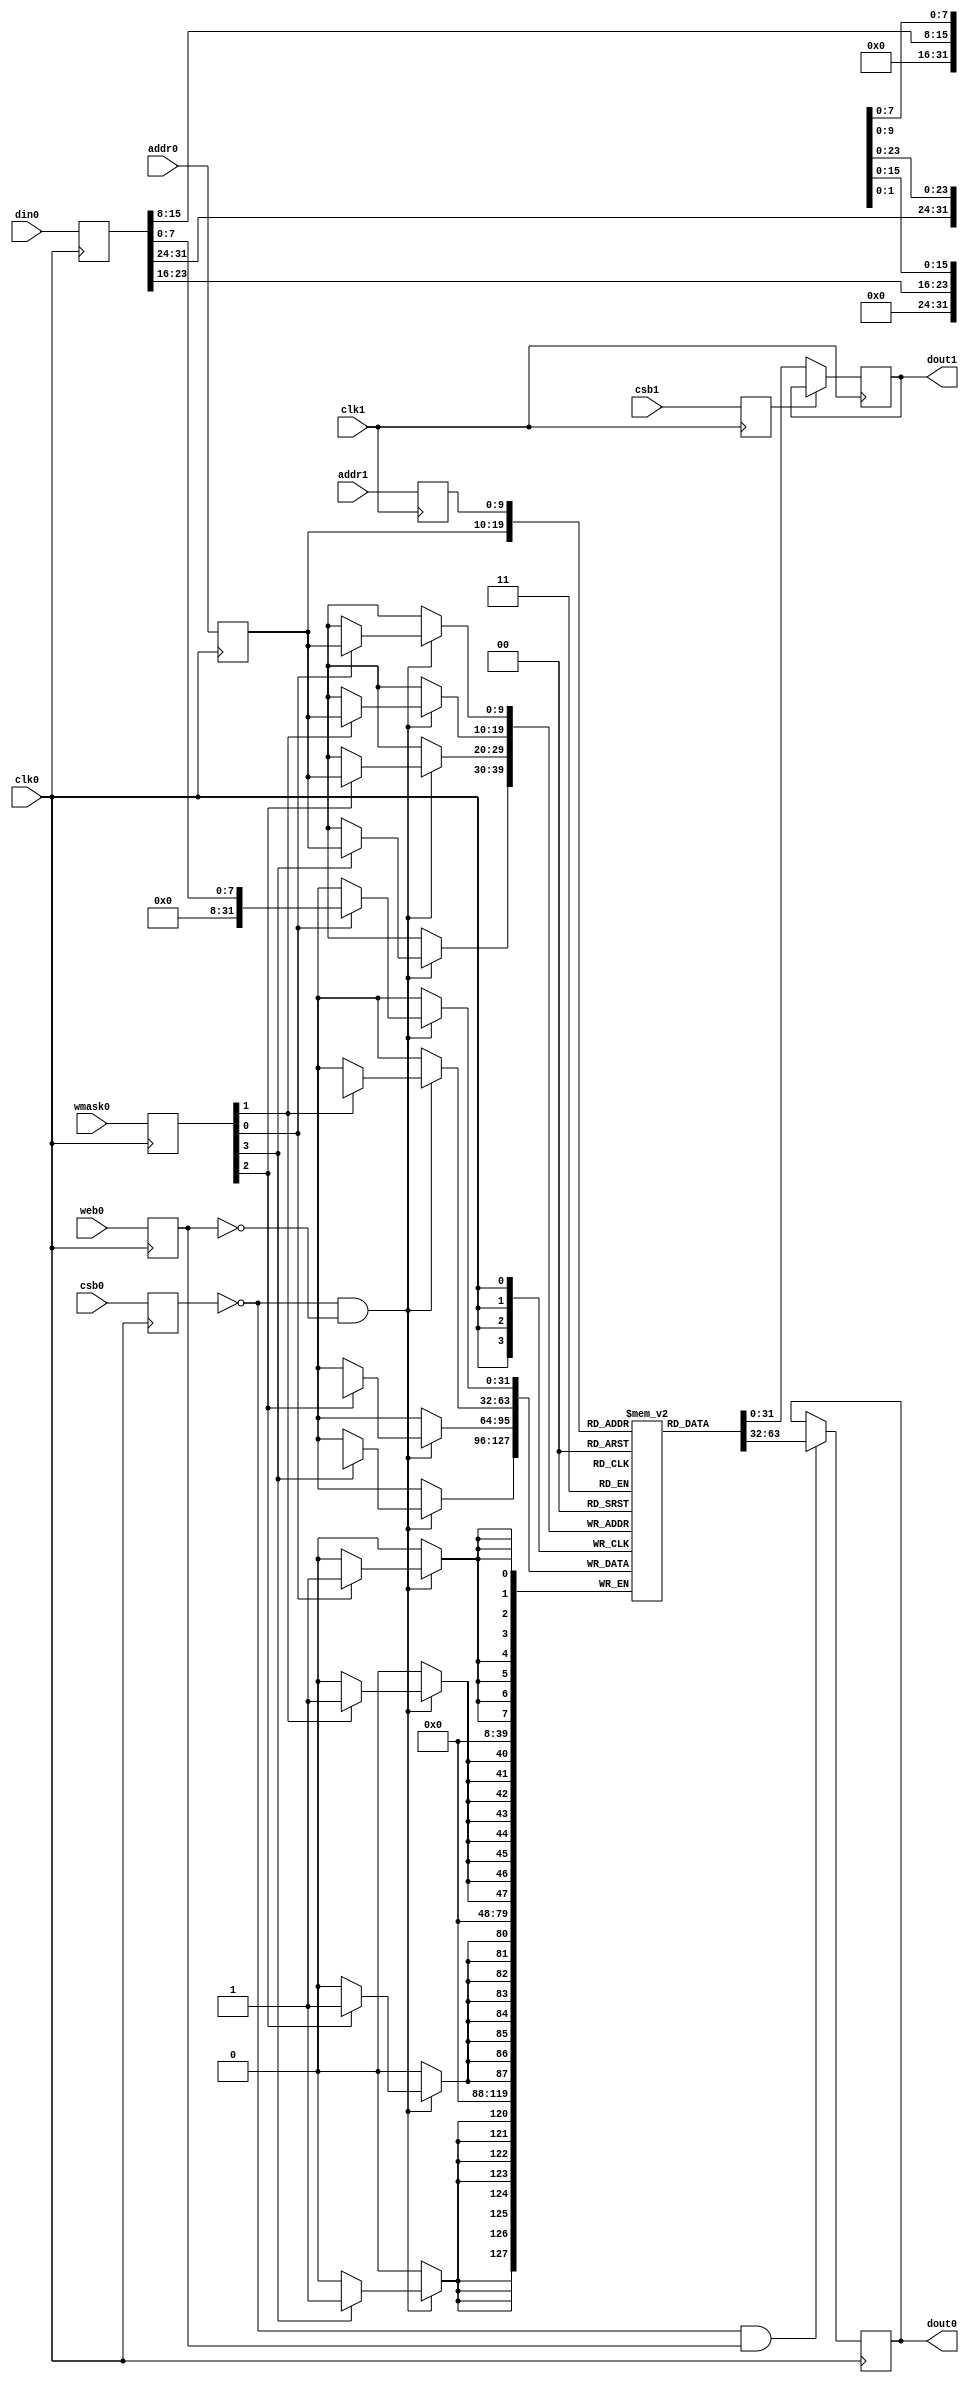
// OpenRAM SRAM model
// Words: 1024
// Word size: 32
// Write size: 8

module sram #(
  parameter NUM_WMASKS = 4 ,
  parameter DATA_WIDTH = 32 ,
  parameter ADDR_WIDTH = 10 ,
  parameter RAM_DEPTH = 1 << ADDR_WIDTH,
  // FIXME: This delay is arbitrary.
  parameter VERBOSE = 1 , //Set to 0 to only display warnings
  parameter T_HOLD = 1 ,//Delay to hold dout value after posedge. Value is arbitrary
  parameter IZERO   = 0 , // binary / Initial RAM with zeros (has priority over INITFILE)
  parameter IFILE   = "" 
)
(
// Port 0: RW
    clk0,csb0,web0,wmask0,addr0,din0,dout0,
// Port 1: R
    clk1,csb1,addr1,dout1
  );

  /*parameter NUM_WMASKS = 4 ;
  parameter DATA_WIDTH = 32 ;
  parameter ADDR_WIDTH = 10 ;
  parameter RAM_DEPTH = 1 << ADDR_WIDTH;
  // FIXME: This delay is arbitrary.
  parameter DELAY = 3 ;
  parameter VERBOSE = 1 ; //Set to 0 to only display warnings
  parameter T_HOLD = 1 ; //Delay to hold dout value after posedge. Value is arbitrary
  parameter IZERO   = 0 ; // binary / Initial RAM with zeros (has priority over INITFILE)
  parameter IFILE   = ""; 
*/
  input  clk0; // clock
  input   csb0; // active low chip select
  input  web0; // active low write control
  input [NUM_WMASKS-1:0]   wmask0; // write mask
  input [ADDR_WIDTH-1:0]  addr0;
  input [DATA_WIDTH-1:0]  din0;
  output [DATA_WIDTH-1:0] dout0;
  input  clk1; // clock
  input   csb1; // active low chip select
  input [ADDR_WIDTH-1:0]  addr1;
  output [DATA_WIDTH-1:0] dout1;

  reg  csb0_reg;
  reg  web0_reg;
  reg [NUM_WMASKS-1:0]   wmask0_reg;
  reg [ADDR_WIDTH-1:0]  addr0_reg;
  reg [DATA_WIDTH-1:0]  din0_reg;
  reg [DATA_WIDTH-1:0]  dout0;

  // All inputs are registers
  always @(posedge clk0)
  begin
    csb0_reg = csb0;
    web0_reg = web0;
    wmask0_reg = wmask0;
    addr0_reg = addr0;
    din0_reg = din0;
    //dout0 = 32'bx;
    //if ( !csb0_reg && web0_reg && VERBOSE ) 
      //$display($time," Reading %m addr0=%b dout0=%b",addr0_reg,mem[addr0_reg]);
    //if ( !csb0_reg && !web0_reg && VERBOSE )
      //$display($time," Writing %m addr0=%b din0=%b wmask0=%b",addr0_reg,din0_reg,wmask0_reg);
  end

  reg  csb1_reg;
  reg [ADDR_WIDTH-1:0]  addr1_reg;
  reg [DATA_WIDTH-1:0]  dout1;


  // All inputs are registers
  always @(posedge clk1)
  begin
    csb1_reg = csb1;
    addr1_reg = addr1;
    //if (!csb0 && !web0 && !csb1 && (addr0 == addr1))
         //$display($time," WARNING: Writing and reading addr0=%b and addr1=%b simultaneously!",addr0,addr1);
    //#(T_HOLD) dout1 = 32'bx;
    //if ( !csb1_reg && VERBOSE ) 
      //$display($time," Reading %m addr1=%b dout1=%b",addr1_reg,mem[addr1_reg]);
  end

integer i;
reg [DATA_WIDTH-1:0]    mem [0:RAM_DEPTH-1];
//initial
    //if (IZERO)
      //for (i=0; i<RAM_DEPTH; i=i+1) mem[i] = {DATA_WIDTH{1'b0}};
    //else
      //if (IFILE != "") $readmemh({IFILE,".hex"}, mem);
      
  // Memory Write Block Port 0
  // Write Operation : When web0 = 0, csb0 = 0
  always @ (negedge clk0)
  begin : MEM_WRITE0
    if ( !csb0_reg && !web0_reg ) begin
        if (wmask0_reg[0])
                mem[addr0_reg][7:0] = din0_reg[7:0];
        if (wmask0_reg[1])
                mem[addr0_reg][15:8] = din0_reg[15:8];
        if (wmask0_reg[2])
                mem[addr0_reg][23:16] = din0_reg[23:16];
        if (wmask0_reg[3])
                mem[addr0_reg][31:24] = din0_reg[31:24];
    end
  end

  // Memory Read Block Port 0
  // Read Operation : When web0 = 1, csb0 = 0
  always @ (negedge clk0)
  begin : MEM_READ0
    if (!csb0_reg && web0_reg)
       dout0 <=  mem[addr0_reg];
  end

  // Memory Read Block Port 1
  // Read Operation : When web1 = 1, csb1 = 0
  always @ (negedge clk1)
  begin : MEM_READ1
    if (!csb1_reg)
       dout1 <=  mem[addr1_reg];
  end

endmodule